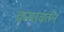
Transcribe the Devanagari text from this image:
क्रमावर्तन